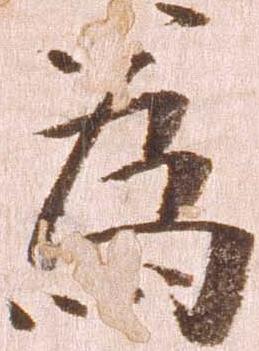
為